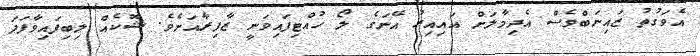
އެވަގުތު ޒައިނަބްވެސް އެދިމާލަށް އައިއިރު އޭނަގެ ލޯ ހުއްޓިފައިވަނީ ޒާފިރާއަށެވެ. ޝޮކެއް ލިބިފައިވާފަދަ